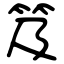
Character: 笈